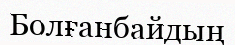
Болғанбайдың